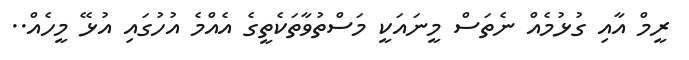
ރީމް އާއި ގުޅުމެއް ނެތަސް މީނައަކީ މަސްތުވާތަކެތީގެ އެއްމެ އުހުގައި އުޅޭ މީހެއް..